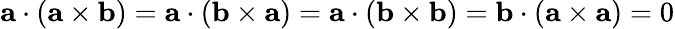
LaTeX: \mathbf{a}\cdot(\mathbf{a}\times\mathbf{b})=\mathbf{a}\cdot(\mathbf{b}\times\mathbf{a})=\mathbf{a}\cdot(\mathbf{b}\times\mathbf{b})=\mathbf{b}\cdot(\mathbf{a}\times\mathbf{a})=0